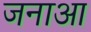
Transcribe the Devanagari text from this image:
जनाआ